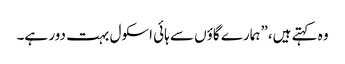
وہ کہتے ہیں،”ہمارے گاؤں سے ہائی اسکول بہت دور ہے۔